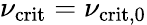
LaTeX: \nu_{\mathrm{crit}}=\nu_{\mathrm{crit,0}}